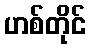
ဟစ်တိုင်